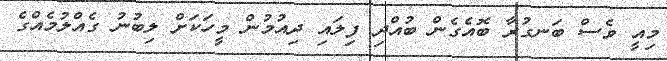
މިއީ ވެސް ބަނގުރާ ބޮއެގެން ބުއްދި ފިލައި ދިއުމުން މީހަކަށް ލިބުނު ގެއްލުމެއްގެ